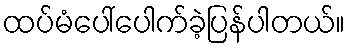
ထပ်မံပေါ်ပေါက်ခဲ့ပြန်ပါတယ်။